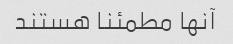
آنها مطمئنا هستند